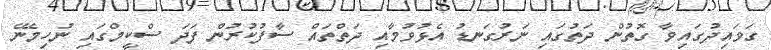
ގަވައިދުގައިވާ ގޮތުން ދަތުގައި ނަރުގަނޑު އެޅުވުމާއި ދަތްތައް ސާފުކުރުން ފަދަ ސްކީމްގައި ނުހިމެނޭ